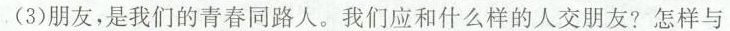
(3)朋友，是我们的青春同路人。我们应和什么样的人交朋友?怎样与